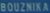
BOUZNIKA